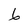
Character: 6